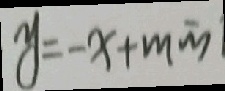
y = - x + \min